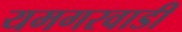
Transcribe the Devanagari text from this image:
यमगरवाडी